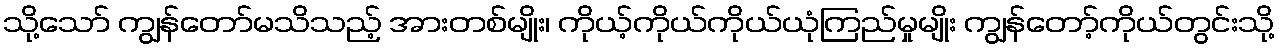
သို့သော် ကျွန်တော်မသိသည့် အားတစ်မျိုး၊ ကိုယ့်ကိုယ်ကိုယ်ယုံကြည်မှုမျိုး ကျွန်တော့်ကိုယ်တွင်းသို့